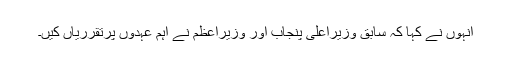
انہوں نے کہا کہ سابق وزیراعلیٰ پنجاب اور وزیراعظم نے اہم عہدوں پرتقرریاں کیں۔